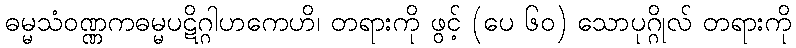
ဓမ္မသံဝဏ္ဏကဓမ္မပဋိဂ္ဂါဟကေဟိ၊ တရားကို ဖွင့် (ပေ ၆၀) သောပုဂ္ဂိုလ် တရားကို